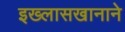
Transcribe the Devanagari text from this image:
इख्लासखानाने